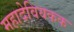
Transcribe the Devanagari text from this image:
महादेवियकक